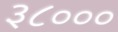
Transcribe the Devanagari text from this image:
३८०००